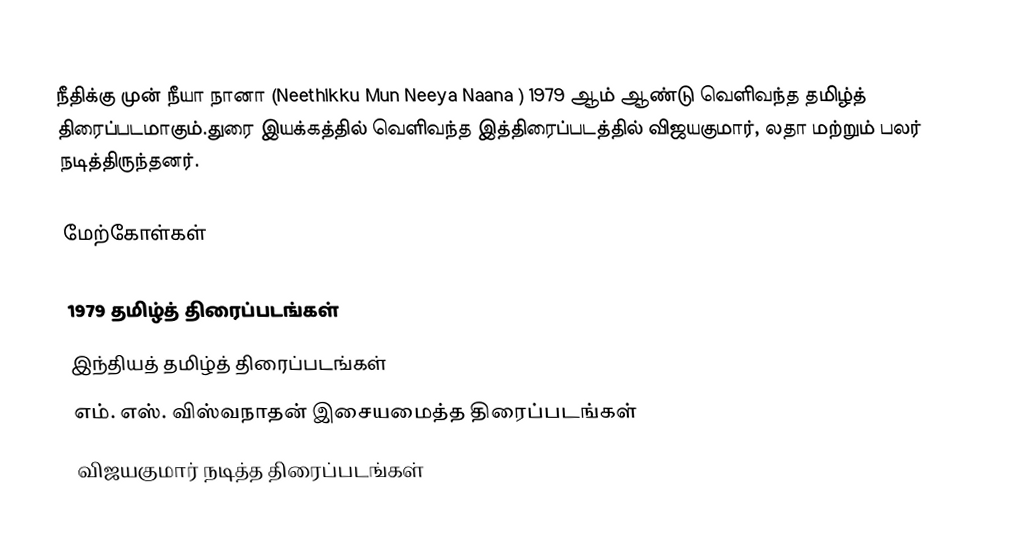
நீதிக்கு முன் நீயா நானா (Neethikku Mun Neeya Naana ) 1979 ஆம் ஆண்டு வெளிவந்த தமிழ்த் திரைப்படமாகும்.துரை இயக்கத்தில் வெளிவந்த இத்திரைப்படத்தில் விஜயகுமார், லதா மற்றும் பலர் நடித்திருந்தனர்.

மேற்கோள்கள்

1979 தமிழ்த் திரைப்படங்கள்
இந்தியத் தமிழ்த் திரைப்படங்கள்
எம். எஸ். விஸ்வநாதன் இசையமைத்த திரைப்படங்கள்
விஜயகுமார் நடித்த திரைப்படங்கள்